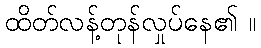
ထိတ်လန့်တုန်လှုပ်နေ၏ ။